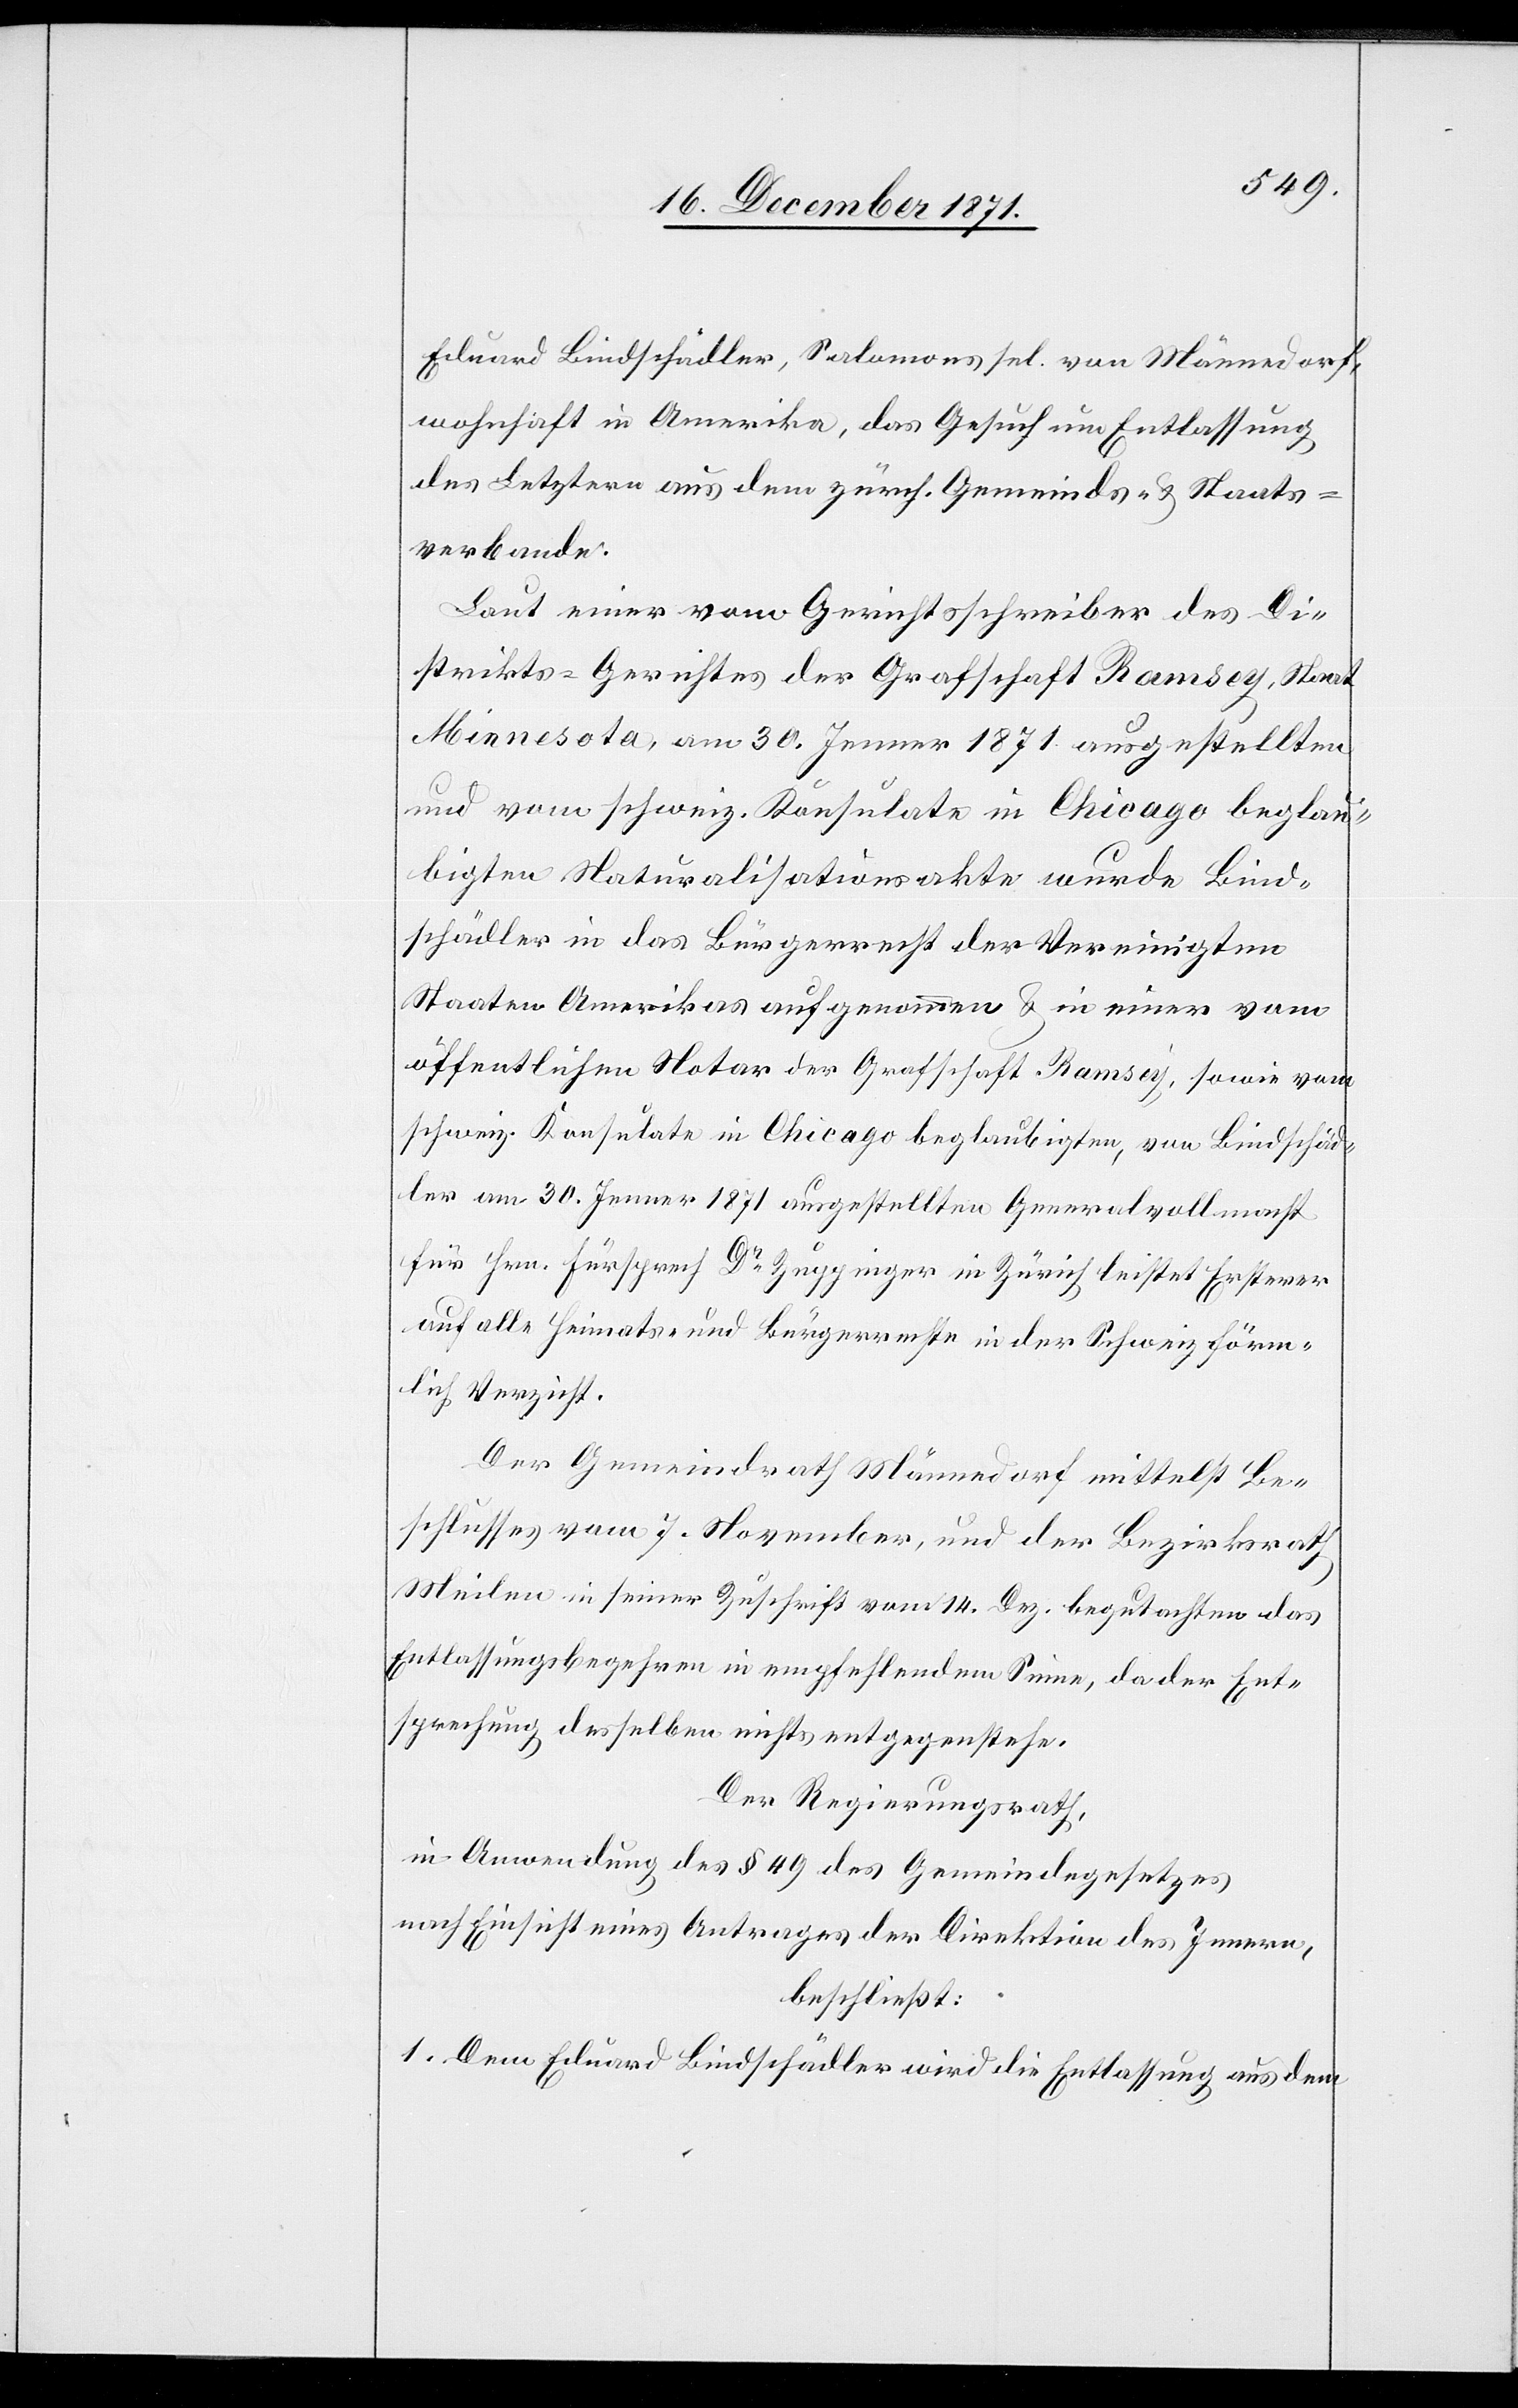
Eduard Bindschädler, Salomons sel. von Männedorf,
wohnhaft in Amerika, das Gesuch um Entlassung
des Letztern aus dem zürch. Gemeinds- & Staats¬
verbande.
Laut einer vom Gerichtsschreiber des Di¬
strikts-Gerichtes der Grafschaft Ramsey, Staat
Minnesota, am 30. Jenner 1871 ausgestellten
und vom schweiz. Konsulate in Chicago beglau¬
bigten Naturalisationsakte wurde Bind¬
schädler in das Bürgerrecht der Vereinigten
Staaten Amerikas aufgenommen & in einer vom
öffentlichen Notar der Grafschaft Ramsay, sowie vom
schweiz. Konsulate in Chicago beglaubigten, von Bindschäd¬
ler am 30. Jenner 1871 ausgestellten Generalvollmacht
für Hrn. Fürsprech Dr. Zuppinger in Zürich leistet Ersterer
auf alle Heimats- und Bürgerrechte in der Schweiz förm¬
lich Verzicht.
Der Gemeindrath Männedorf mittelst Be¬
schlusses vom 7. November, und der Bezirksrath
Meilen in seiner Zuschrift vom 14. Dez. begutachten das
Entlassungsbegehren in empfehlendem Sinne, da der Ent¬
sprechung desselben nichts entgegenstehe.
Der Regierungsrath,
in Anwendung des § 49 des Gemeindegesetzes
nach Einsicht eines Antrages der Direktion des Innern,
beschließt:
1. Dem Eduard Bindschädler wird die Entlassung aus dem